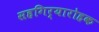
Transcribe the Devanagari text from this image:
सहगिर्यारोहक